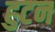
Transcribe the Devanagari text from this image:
हुटन